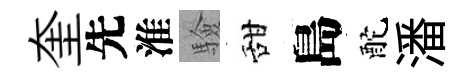
奎先淮驗甜島酡潘